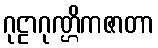
ဂုဠာဂုဏ္ဌိကဇာတာ